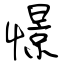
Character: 憬